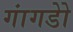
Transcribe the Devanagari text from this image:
गांगडोे